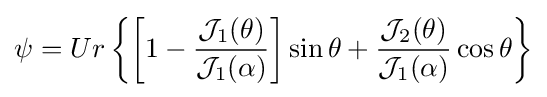
\psi =Ur\left\{\left[1-{\frac {{\mathcal {J}}_{1}(\theta )}{{\mathcal {J}}_{1}(\alpha )}}\right]\sin \theta +{\frac {{\mathcal {J}}_{2}(\theta )}{{\mathcal {J}}_{1}(\alpha )}}\cos \theta \right\}